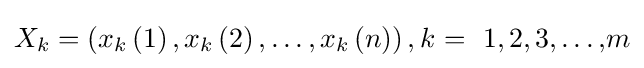
X_{k}=\left(x_{k}\left(1\right),x_{k}\left(2\right),\dots ,x_{k}\left(n\right)\right),k\mathrm {\ =\ 1,2,3,\dots ,} m